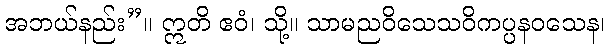
အဘယ်နည်း”။ ဣတိ ဧဝံ၊ သို့။ သာမညဝိသေသဝိကပ္ပနဝသေန၊